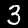
Digit: 3